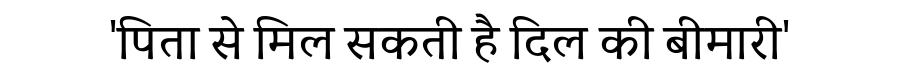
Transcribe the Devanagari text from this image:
'पिता से मिल सकती है दिल की बीमारी'